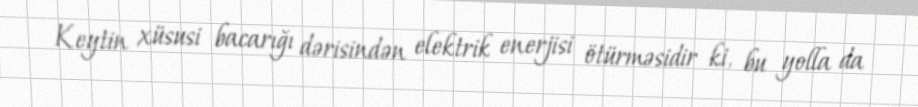
Keytin xüsusi bacarığı dərisindən elektrik enerjisi ötürməsidir ki, bu yolla da